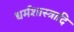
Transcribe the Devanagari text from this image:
धर्मशास्त्रादि